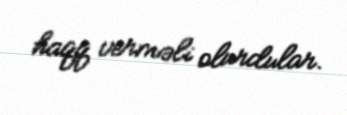
haqq verməli olurdular.